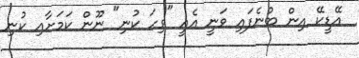
އޭޑީކޭ އިން ބުނެފައި ވަނީ އެއީ "ވިހަ ކުނި" ނޫން ކަމަށާއި ކުނި